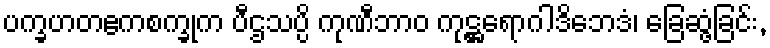
ပက္ခဟတဧကစက္ခုက ပီဌသပ္ပိ ကုဏီဘာဝ ကုဋ္ဌရောဂါဒိဘေဒံ၊ ခြေဆွံ့ခြင်း,